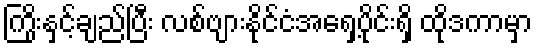
ကြိုးနှင့်ချည်ပြီး လစ်ဗျားနိုင်ငံအရှေ့ပိုင်းရှိ ထိုဒကာမှာ